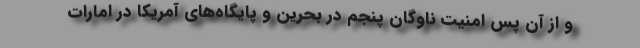
و از آن پس امنیت ناوگان پنجم در بحرین و پایگاه‌های آمریکا در امارات